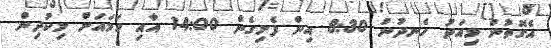
އެގޮތުން މިއަދު ހެނދުނު 8:30 އިން ފެށިގެން 14:00 އާއި ހަމައަށް މިކުދިން